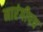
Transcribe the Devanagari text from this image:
नारंगीपत्र